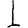
Digit: 1